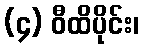
(၄) ဝီထိပိုင်း၊